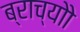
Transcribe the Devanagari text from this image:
ब्राच्योो